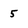
Character: 5